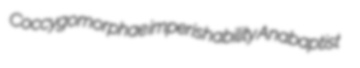
Coccygomorphae imperishability Anabaptist